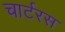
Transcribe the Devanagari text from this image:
चार्टरस